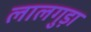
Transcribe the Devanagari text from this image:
लालगुड़ा